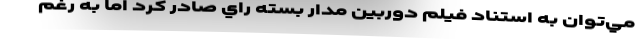
مي‌توان به استناد فيلم دوربين مدار بسته راي صادر كرد اما به ‌رغم